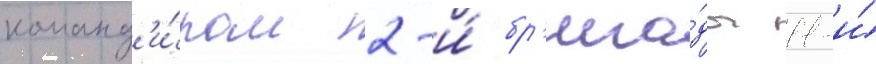
команд'и́ром 2-и́ бр'ига́ды 11-и́